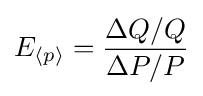
E_{\langle p\rangle }={\frac {\Delta Q/Q}{\Delta P/P}}